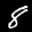
Label: 8